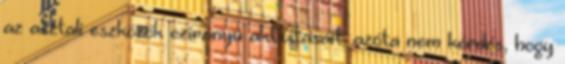
az asztali eszközök ezirányú aktivitásait, azóta nem kérdés, hogy